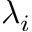
\lambda _ { i }